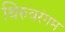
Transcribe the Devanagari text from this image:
थिरुवरंगम